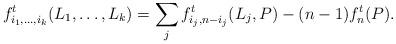
LaTeX: \begin{align*} f^t_{i_1,\ldots,i_k}(L_1,\ldots,L_k) = \sum_j f^t_{i_j,n-i_j}(L_j,P) - (n-1)f^t_n(P).\end{align*}